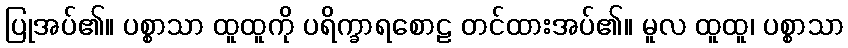
ပြုအပ်၏။ ပစ္စာသာ ထူထူကို ပရိက္ခာရစောဠ တင်ထားအပ်၏။ မူလ ထူထူ၊ ပစ္စာသာ